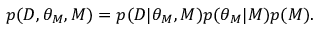
\begin{array} { r } { p ( D , \theta _ { M } , M ) = p ( D | \theta _ { M } , M ) p ( \theta _ { M } | M ) p ( M ) . } \end{array}